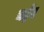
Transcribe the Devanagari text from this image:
चद्देव